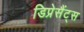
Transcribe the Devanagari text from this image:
डिप्रेसैंट्स